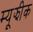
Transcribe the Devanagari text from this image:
म्यूझीक